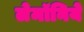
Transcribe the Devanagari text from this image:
लेमॉनिये